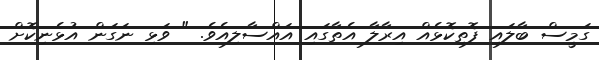
ގަމީސް ބާލައި ފޮތިކޮޅެއް އިރާލާ އެތާގައި އައްސާލިއެވެ. " ވަޅި ނަގަން އުޅެނިކޮށް